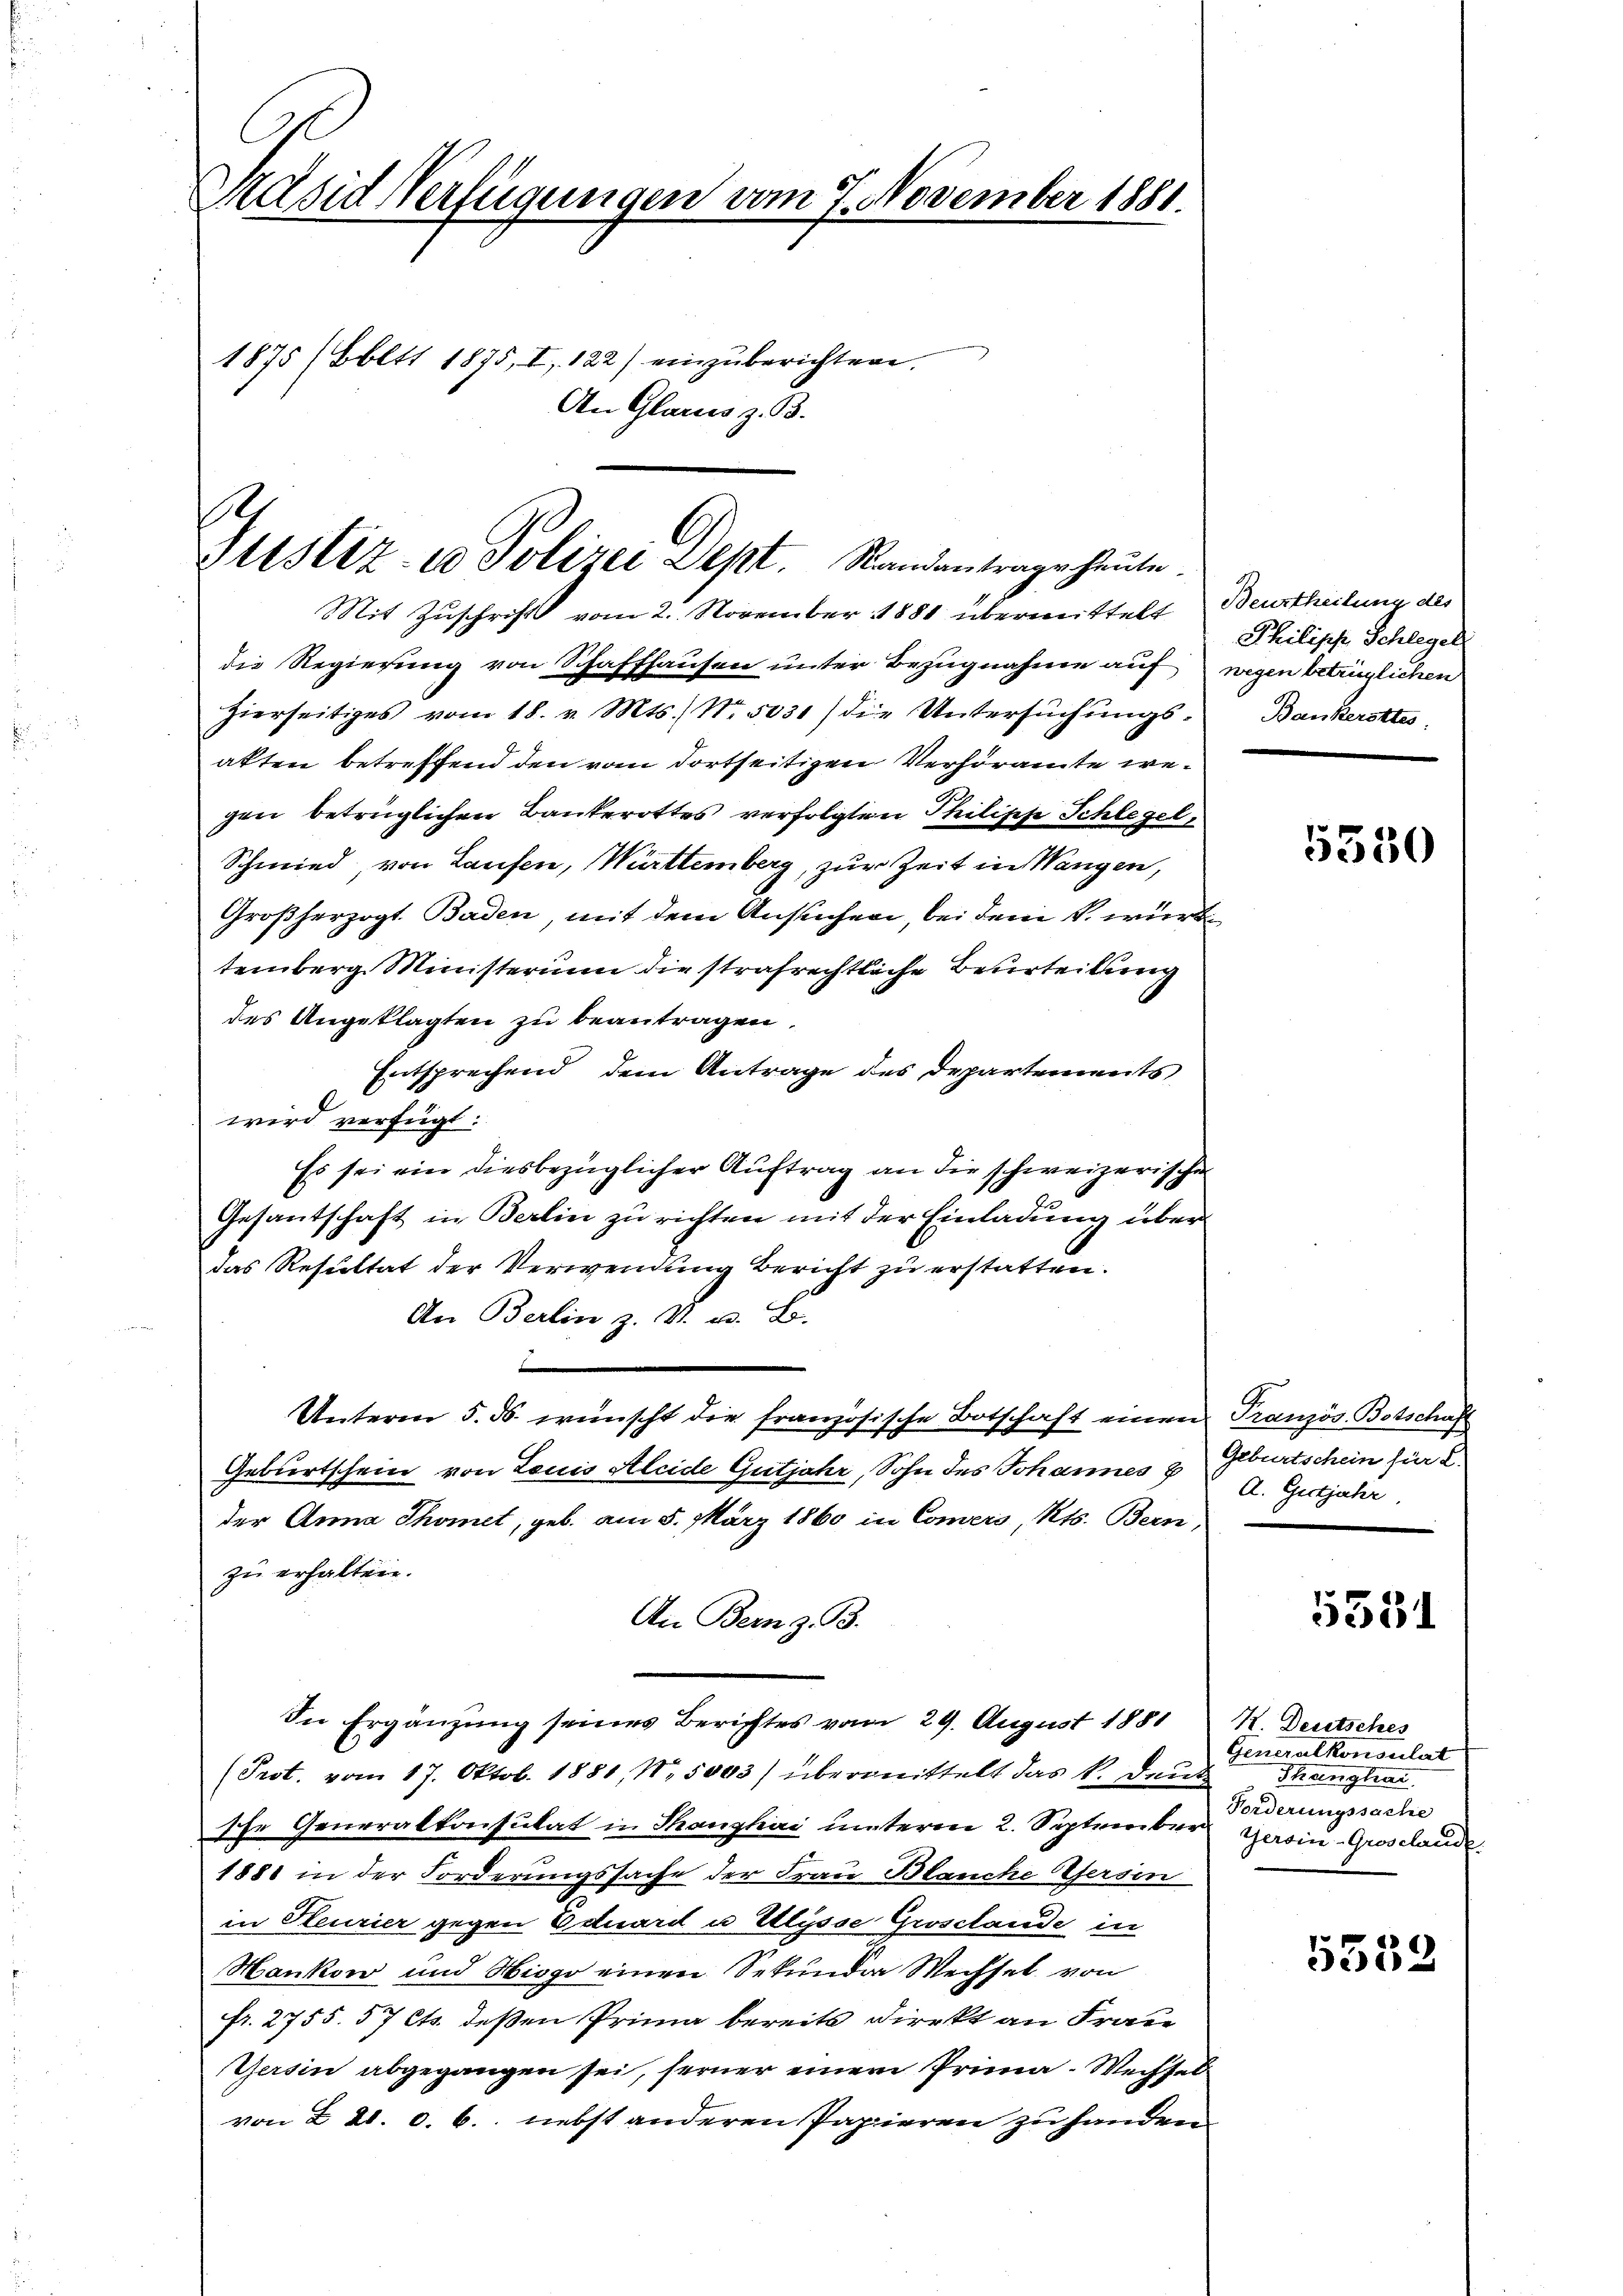
Präsid Verfügungen vom 7. November 1881.
e
1875 (Bbltt 1875, I, 122) einzŭberichten.
An Glane z. B.

e
Justiz- u Polizei Dept. Standantrage heute.

Mit Zuschrift vom 2. November 1881 übermittelt Beurtheilung des
die Regierung von Schaffhausen unter Bezugnahme auf wegen betrüglichen
hierseitiges vom 18. v. Mts. No. 5031) die Untersŭchŭngs-
akten betreffend den vom dortseitigen Verhöramte wegen betrüglichen Bankerottes verfolgten Philische Schlegel
Schmied von Laufen, Württemberg, zur Zeit in Wangen,
Großherzogt. Baden, mit dem Ansuchen, bei dem k. würd
temberg Ministerium die strafrechtliche Beurteilung
des Angeklagten zu beantragen.
Entsprechend dem Antrage des Departements
wird verfügt:
Es sei ein diesbezüglicher Auftrag an die schweizerische
Gesantschaft in Berlin zu richten mit der Einladung über
das Resultat der Verwendung Bericht zu erstatten.
An Berlin z. V. u. L.
¬
Unterm 5. ds. wünscht die französische Botschaft einen Tranzös. Botschaft
Geburtschein von Louis Aleide Gutjahr, Sohn des Johannes Geburtschein für 2.
der Anna Thomet, geb. am 5. März 1860 in Convers, Kts. Bern,
zu erhalten.
An Bern z. B.
In Ergänzung seines Berichtes vom 29. August 1881 K. Deutsches
(Prot. vom 17. Oktob. 1881, N. 5003) übermittelt das k. Deut
sche Generalkonsulat in Thanzhai unterm 2. September Gesin-Grosclande
1881 in der Forderungssache der Frau Blanche Gersen
in Heurier gegen Eduard u Ulysse Grosclande in
Hanken und Misgo einen Sekunden Wechsel von
fr. 2755. 57 Cts. deßen Prima bereits Direkt an Frau
Gersin abgegangen sei, ferner einem Prima-Wechsel
von § 21. d. 6. nebst anderen Papieren zu handen.

Philisch Schlegel
Bankerstes

5530

A. Gutjahr

5531

Generalkonsulat
Thanghar
Forderungssache

5552